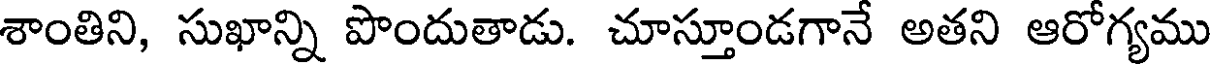
శాంతిని, సుఖాన్ని పొందుతాడు. చూస్తూండగానే అతని ఆరోగ్యము